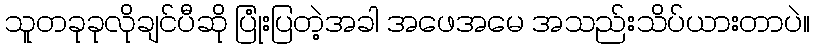
သူတခုခုလိုချင်ပီဆို ပြုံးပြတဲ့အခါ အဖေအမေ အသည်းသိပ်ယားတာပဲ။